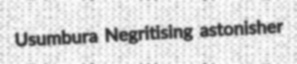
Usumbura Negritising astonisher